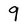
Character: 9